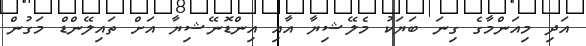
އަދި މިއަންމާގެ ގިނަ ބަޔަކު މެލޭޝިޔާ އާއި އިންޑޮނޭޝިޔާ އަށް ތައިލޭންޑް މަގުން